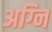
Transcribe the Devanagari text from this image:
अग्‍नि